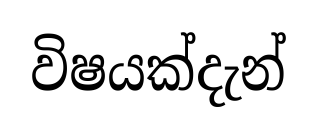
විෂයක්දැන්